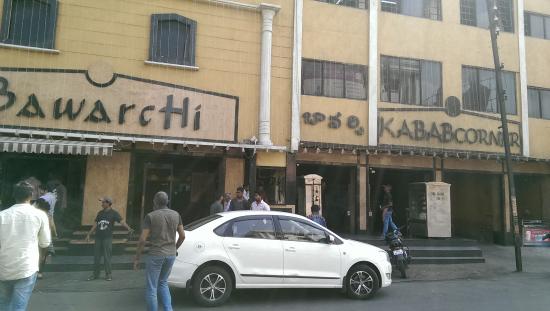
Language: telugu
Transcription: బావర్చి